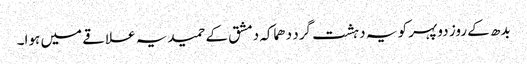
بدھ کے روز دوپہر کو یہ دہشت گرد دھماکہ دمشق کے حمیدیہ علاقے میں ہوا۔